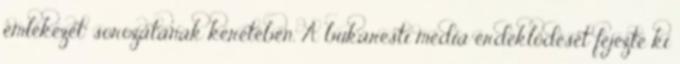
emlékezet” sorozatának keretében. A bukaresti média érdeklődését fejezte ki